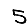
Digit: 5